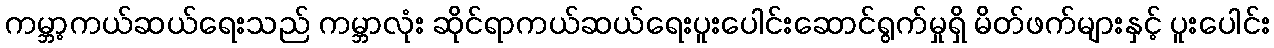
ကမ္ဘာ့ကယ်ဆယ်ရေးသည် ကမ္ဘာလုံး ဆိုင်ရာကယ်ဆယ်ရေးပူးပေါင်းဆောင်ရွက်မှုရှိ မိတ်ဖက်များနှင့် ပူးပေါင်း